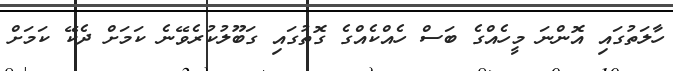
ހާލަތުގައި އޮންނަ މީހެއްގެ ބަސް ހެއްކެއްގެ ގޮތުގައި ގަބޫލުކުރެވޭނެ ކަމަށް ދެކޭ ކަމަށް